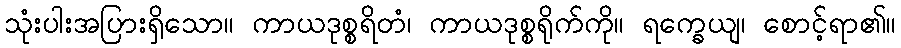
သုံးပါးအပြားရှိသော။ ကာယဒုစ္စရိတံ၊ ကာယဒုစ္စရိုက်ကို။ ရက္ခေယျ၊ စောင့်ရာ၏။